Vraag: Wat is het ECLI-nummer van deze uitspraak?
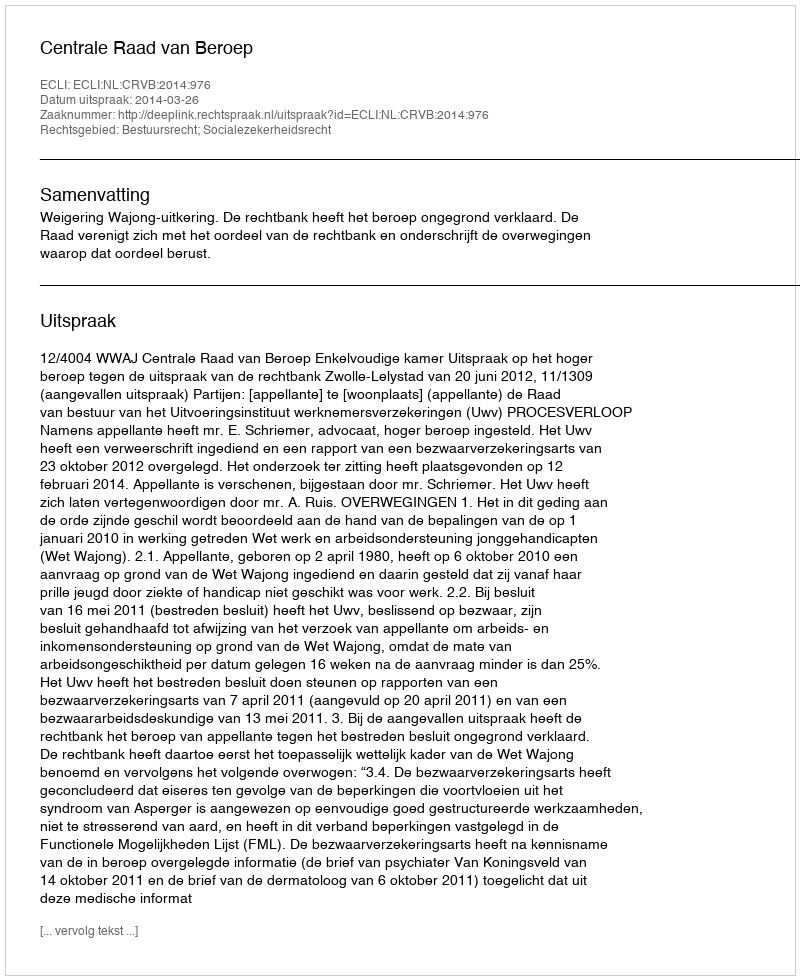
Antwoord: ECLI:NL:CRVB:2014:976